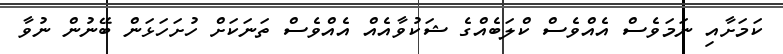
ކަމަށާއި ނަމަވެސް އެއްވެސް ކްލަބެއްގެ ޝަކުވާއެއް އެއްވެސް ތަނަކަށް ހުށަހަޅަން ބޭނުން ނުވާ